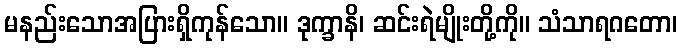
မနည်းသောအပြားရှိကုန်သော။ ဒုက္ခာနိ၊ ဆင်းရဲမျိုးတို့ကို။ သံသာရဂတော၊